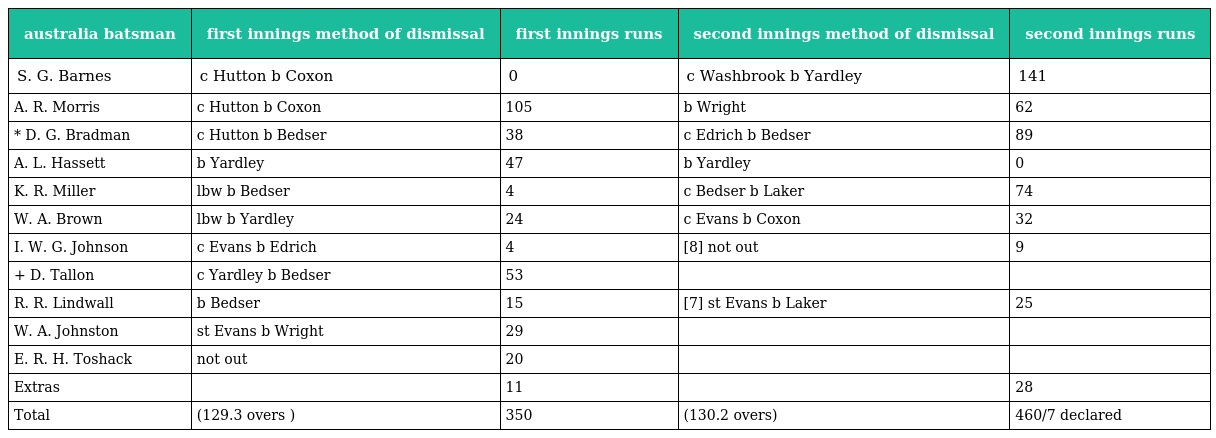
| australia batsman | first innings method of dismissal | first innings runs | second innings method of dismissal | second innings runs |
 | --- | --- | --- | --- | --- |
 | S. G. Barnes | c Hutton b Coxon | 0 | c Washbrook b Yardley | 141 |
 | A. R. Morris | c Hutton b Coxon | 105 | b Wright | 62 |
 | * D. G. Bradman | c Hutton b Bedser | 38 | c Edrich b Bedser | 89 |
 | A. L. Hassett | b Yardley | 47 | b Yardley | 0 |
 | K. R. Miller | lbw b Bedser | 4 | c Bedser b Laker | 74 |
 | W. A. Brown | lbw b Yardley | 24 | c Evans b Coxon | 32 |
 | I. W. G. Johnson | c Evans b Edrich | 4 | [8] not out | 9 |
 | + D. Tallon | c Yardley b Bedser | 53 |  |  |
 | R. R. Lindwall | b Bedser | 15 | [7] st Evans b Laker | 25 |
 | W. A. Johnston | st Evans b Wright | 29 |  |  |
 | E. R. H. Toshack | not out | 20 |  |  |
 | Extras |  | 11 |  | 28 |
 | Total | (129.3 overs ) | 350 | (130.2 overs) | 460/7 declared |